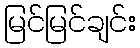
မြင်မြင်ချင်း